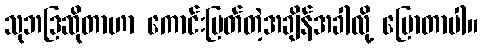
သုဘဒြဆိုတာဟာ ကောင်းမြတ်တဲ့အချိန်အခါလို့ ပြောတာပါ။